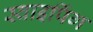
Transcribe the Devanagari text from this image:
स्वाइपिंग